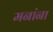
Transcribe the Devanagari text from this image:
मनांना